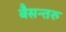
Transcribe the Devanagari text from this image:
बैसन्तरु